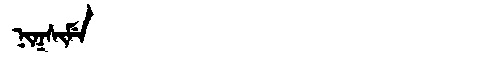
Manchu: ᠨᡳᡴᠰᡳᠮᡝ
Romanization: NIKSIME